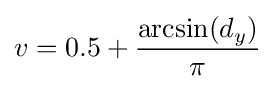
v=0.5+{\frac {\arcsin(d_{y})}{\pi }}